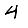
Digit: 4